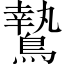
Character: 鷙